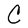
Character: C